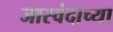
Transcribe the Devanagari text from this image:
जास्वंदाच्या